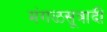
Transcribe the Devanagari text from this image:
मंगळसूत्रादी